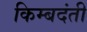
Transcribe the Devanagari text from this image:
किम्बदंती